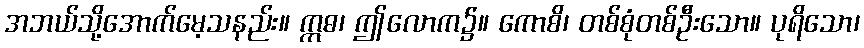
အဘယ်သို့အောက်မေ့သနည်း။ ဣဓ၊ ဤလောက၌။ ကောစိ၊ တစ်စုံတစ်ဦးသော။ ပုရိသော၊